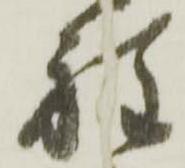
程